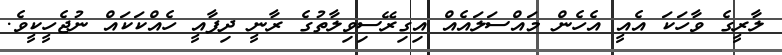
ލާރީގެ ވާހަކަ އެއީ އެހެން މައްސަލައެއް އިގިރޭސިވިލާތުގެ ރާނީ ދިފާއީ ހެއްކަކައް ނުޖެހީކީވެ.